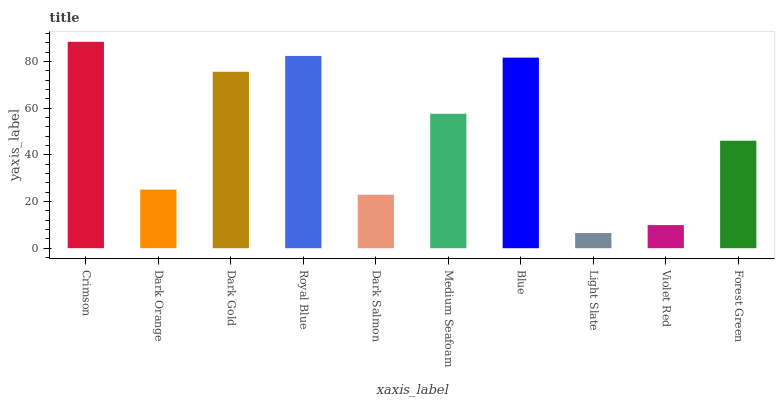
| xaxis_label | bars |
 | --- | --- |
 | Crimson | 88.4 |
 | Dark Orange | 25.1 |
 | Dark Gold | 75.6 |
 | Royal Blue | 82.4 |
 | Dark Salmon | 22.9 |
 | Medium Seafoam | 57.6 |
 | Blue | 81.7 |
 | Light Slate | 6.49 |
 | Violet Red | 9.9 |
 | Forest Green | 46 |